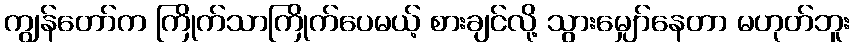
ကျွန်တော်က ကြိုက်သာကြိုက်ပေမယ့် စားချင်လို့ သွားမျှော်နေတာ မဟုတ်ဘူး